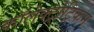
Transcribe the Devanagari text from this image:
कॉलेक्ट्रोट्रिकम